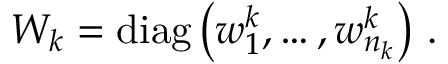
\begin{array} { r } { W _ { k } = \mathrm { d i a g } \left( w _ { 1 } ^ { k } , \dots , w _ { n _ { k } } ^ { k } \right) \, . } \end{array}